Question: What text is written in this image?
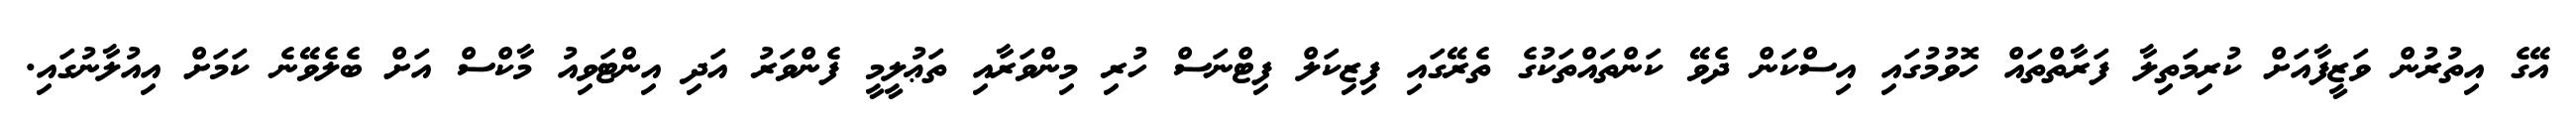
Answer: އޭގެ އިތުރުން ވަޒީފާއަށް ކުރިމަތިލާ ފަރާތްތައް ހޮވުމުގައި އިސްކަން ދެވޭ ކަންތައްތަކުގެ ތެރޭގައި ފިޒިކަލް ފިޓްނަސް ހުރި މިންވަރާއި ތަޢުލީމީ ފެންވަރު އަދި އިންޓަވިއު މާކްސް އަށް ބެލެވޭނެ ކަމަށް އިއުލާނުގައި.